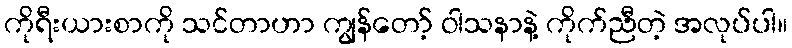
ကိုရီးယားစာကို သင်တာဟာ ကျွန်တော့် ဝါသနာနဲ့ ကိုက်ညီတဲ့ အလုပ်ပါ။